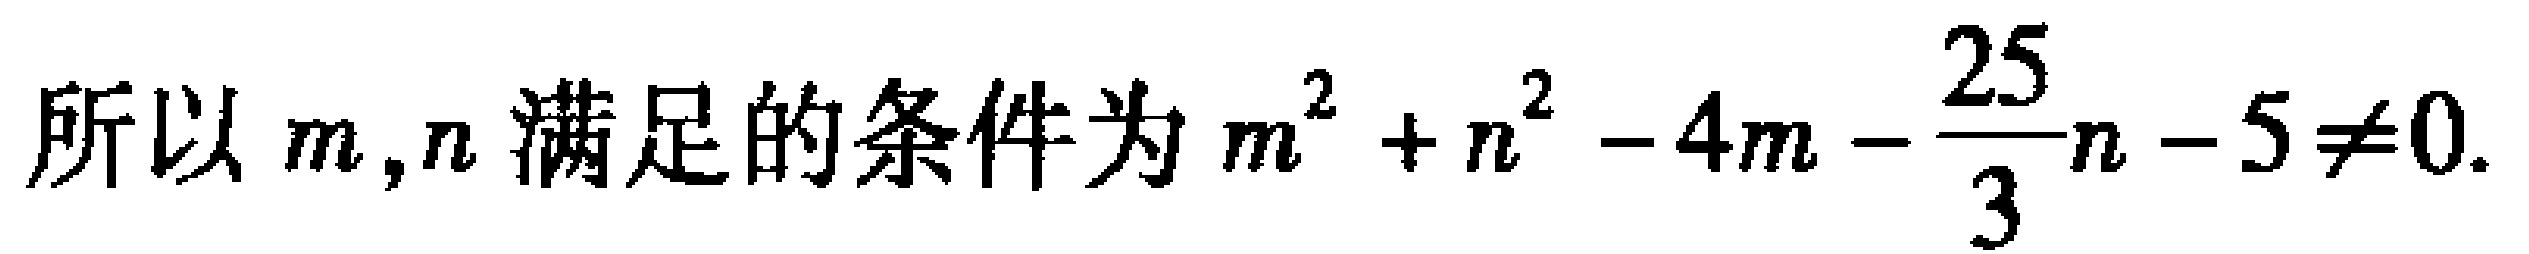
所以 \(m,n\) 满足的条件为 \(m^{2}+n^{2}-4m-\frac{25}{3}n - 5\neq0\).